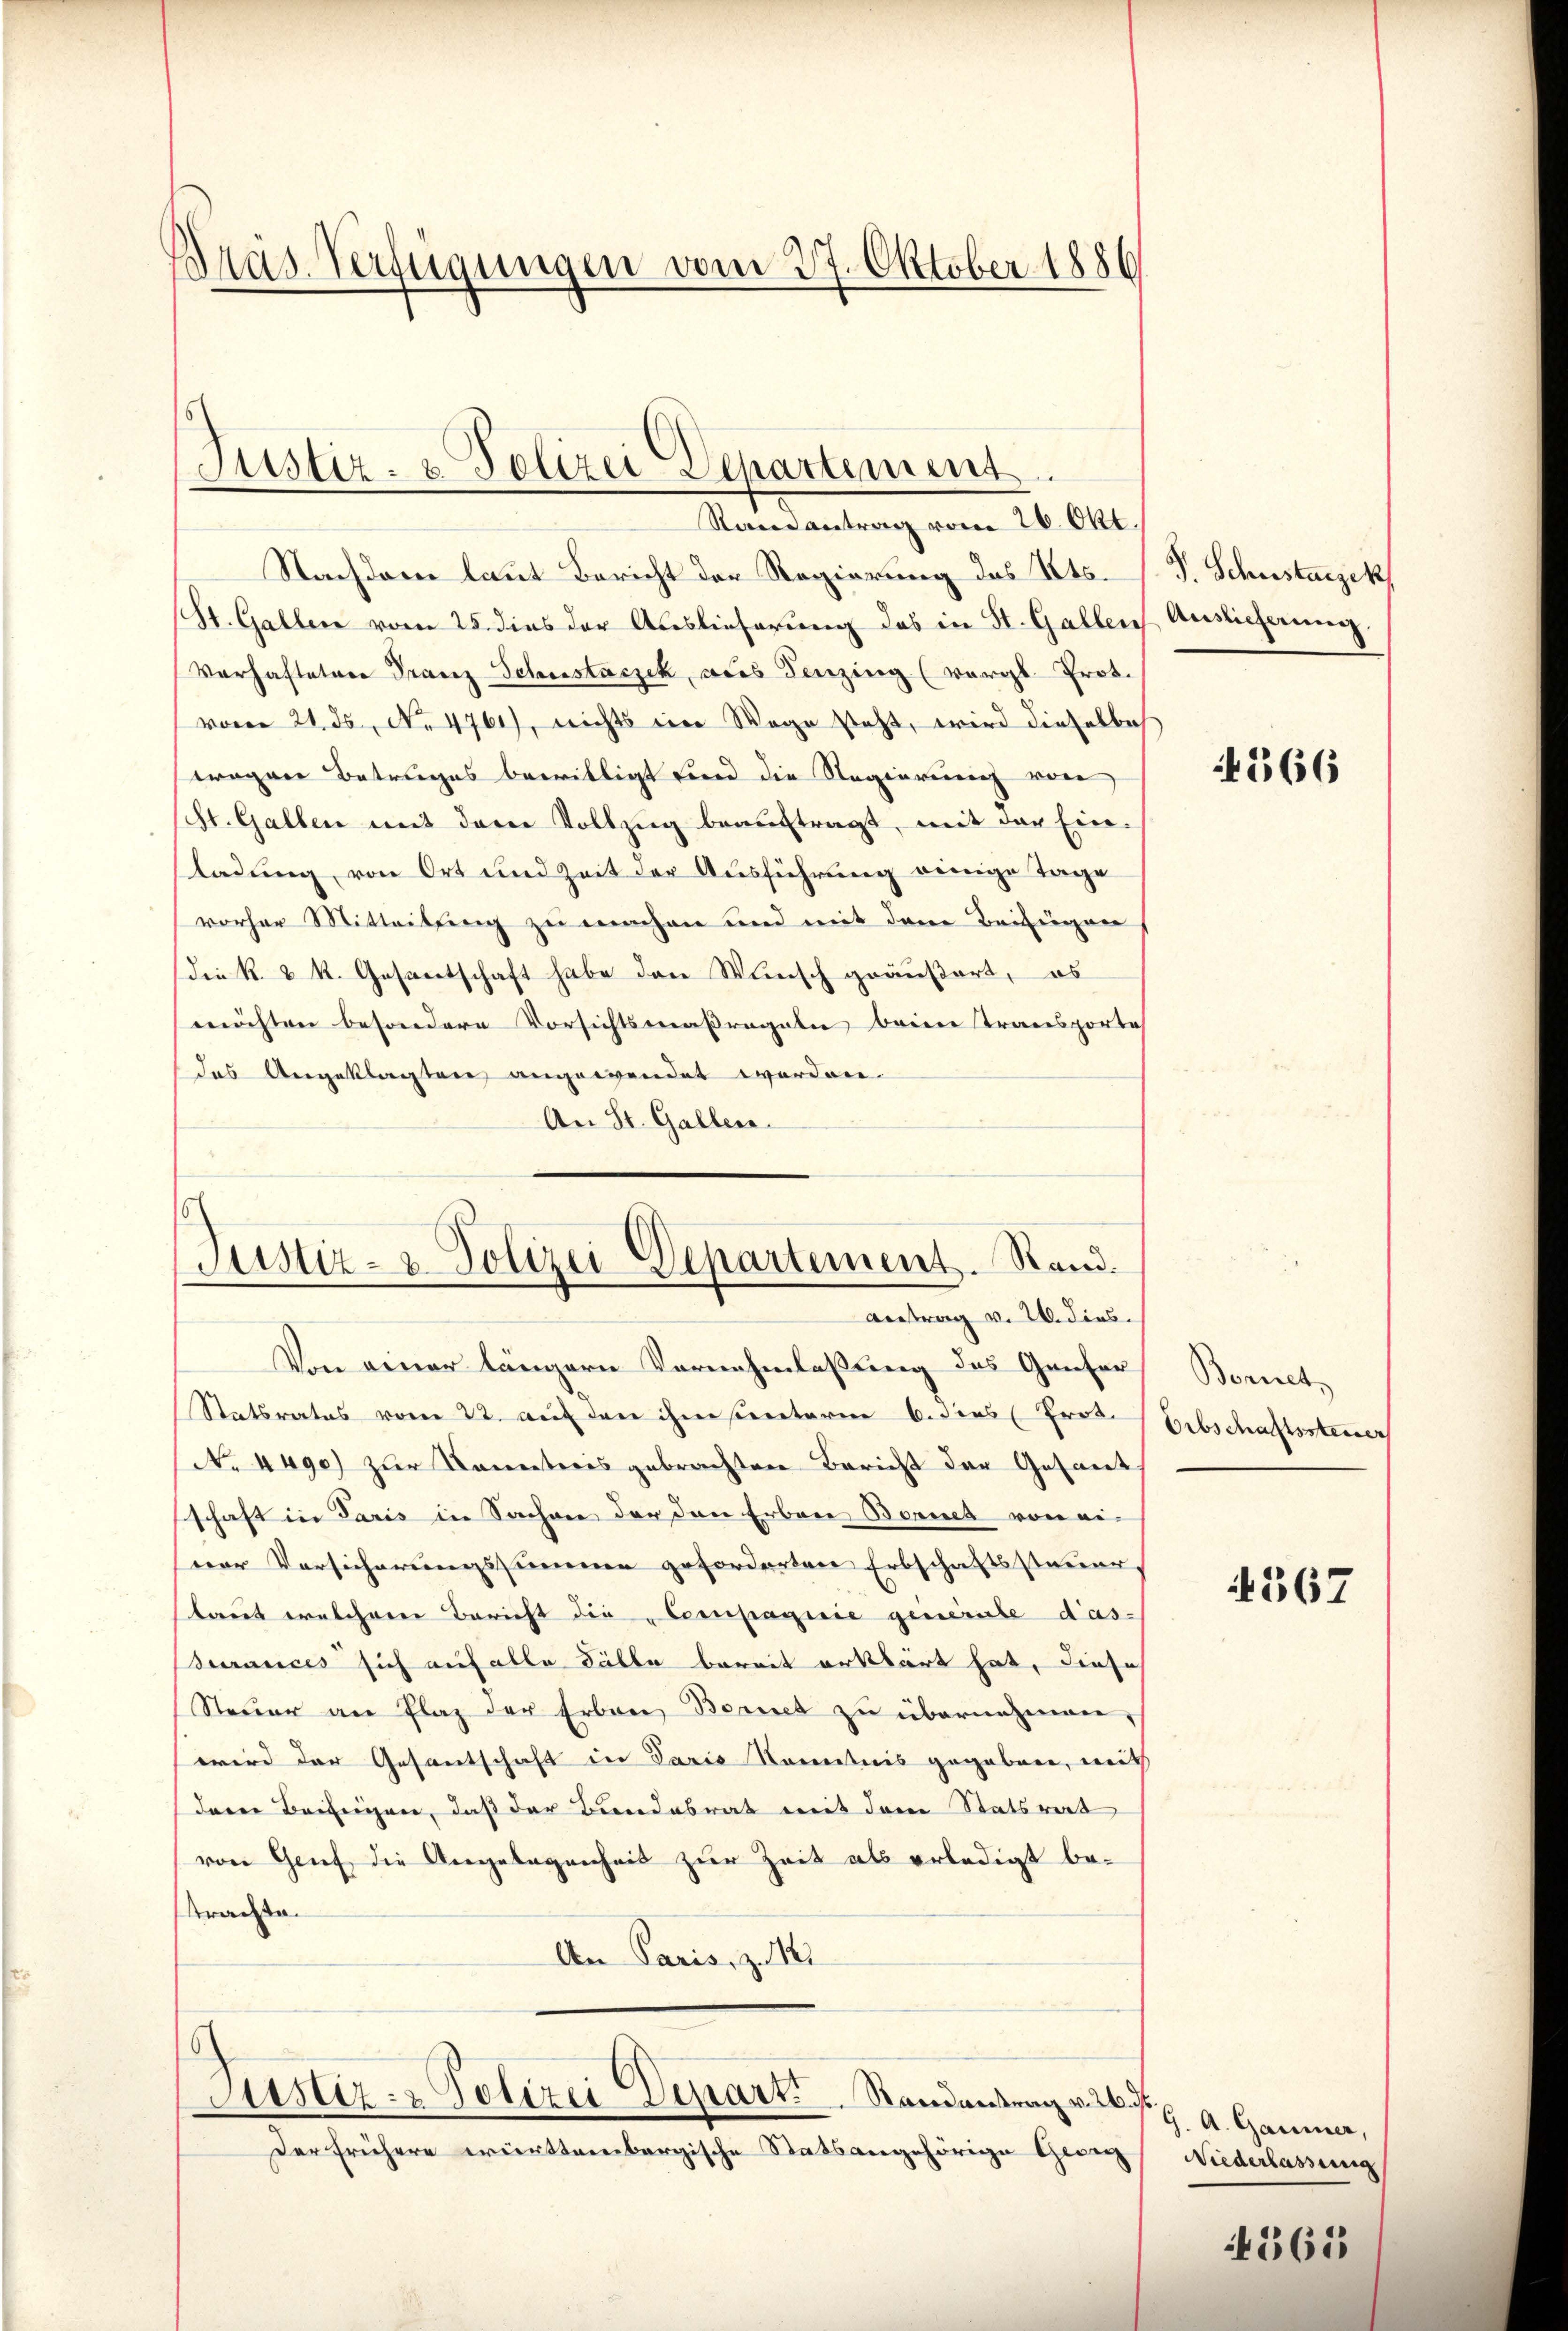
Bräs-Verfügungen vom 27. Oktober 1886

Justiz- & Polizei Departement.
Randantrag vom 26. Okt.

Justiz- & Polizei Departement. Rand.
Antrag v. 26. dies

Nachdem laut Bericht der Regierung des Kts.
(St. Gallen vom 25. dies der Auslieferung das in St. Gallen Aussicherung.
Verhaftetere Franz Schustaczek, aus Fenzing (vergl. Prot.
vom 21. ds. No 4761), nichts eine Wege steht, wird dieselbes
wagene Betruges bewilligt und die Regierung von
ht. Gallen mit dem Vollzug beauftragt, mit der Ein-
ladung, von Ort und Zeit der Ausführung einige Tage
vorher Mitteilung zu machen und mit dem Beifügen,
(die k. k. Gesantschaft habe den Wunsch geäußert, es
möchten besondere Vorsichtsmaßregeln beim Transporte
das Angeklagten angewendet werden.
An St. Galler.
Von einer längern Vernehmlassung des Genfer
Statsrates vom 22. auf den ihm unterm 6. dies Trot.
No 4490) zur Kometeris gebrachten Bericht der Gesandes
schaft in Paris in Sachene der den Erbene Bonnes von ei-
ner Versicherungssumme geforderten Erbschaftssteuer,
laut welchem Bericht die Compagnie generale das-
surances sich auf alle Fälle bereit erklärt hat, diese
Steuer an Plaz der Erbann Bornet zu übernehmen,
wird der Gesantschaft in Paris Kenntnis gegeben, mit
deren Beifügen, daß der Bundesrat mit dem Statsrat
von Genf die Angelegenheit zur Zeit als erledigt besttrachte.
An Paris, z.
Justiz- & Polizei Depart Randantrag v. 26. Fr.,
Der frühere württembergische Statsangehörige Georg Niederlassung

J. Schustaczek

566

Bonet
Orbschaftssteuer

367

A. Gaumer,

4365